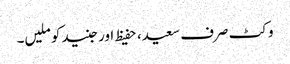
وکٹ صرف سعید، حفیظ اور جنید کو ملیں۔